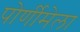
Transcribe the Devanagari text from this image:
पोर्णीमेला